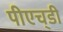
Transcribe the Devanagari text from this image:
पीएच्‌डी